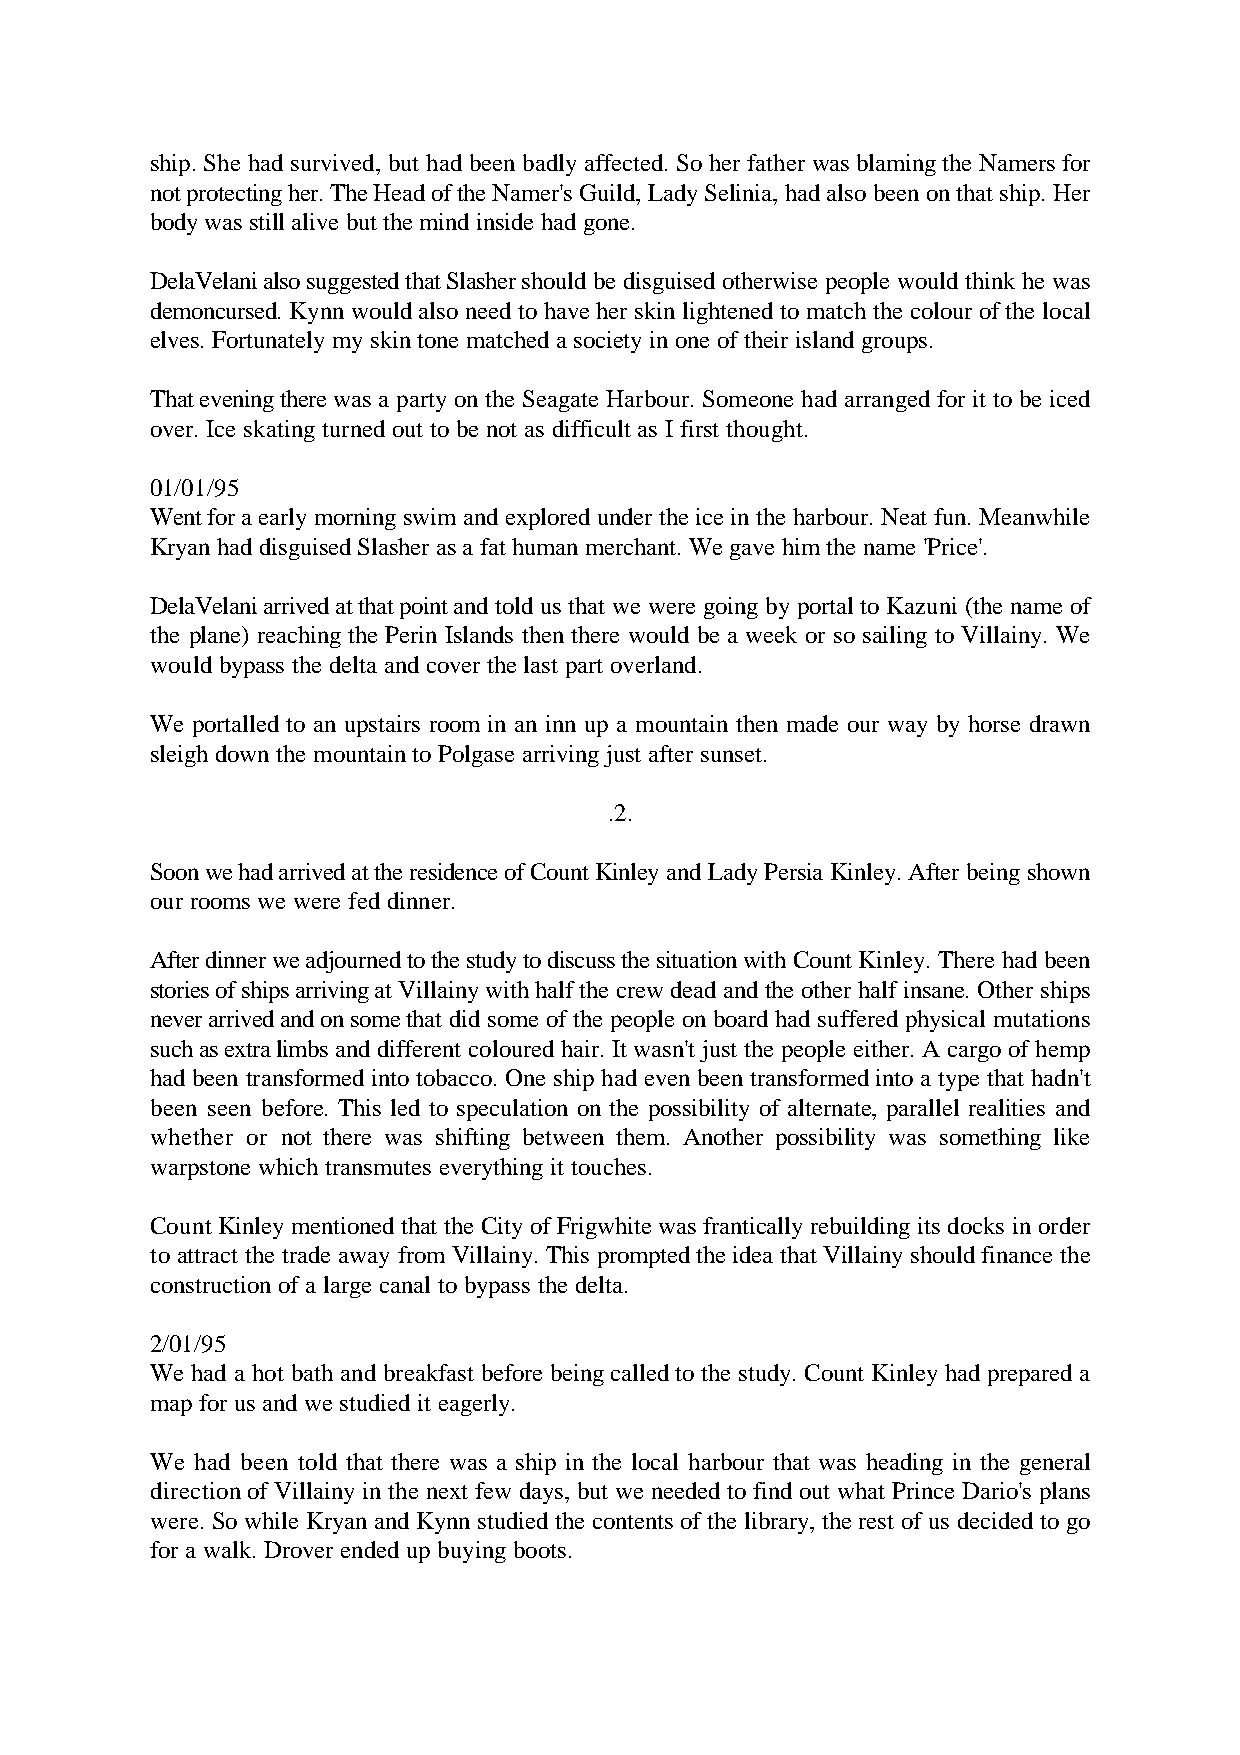
ship. She had survived, but had been badly affected. So her father was blaming the Namers for
 not protecting her. The Head of the Namer's Guild, Lady Selinia, had also been on that ship. Her
 body was still alive but the mind inside had gone.
 DelaVelani also suggested that Slasher should be disguised otherwise people would think he was
 demoncursed. Kynn would also need to have her skin lightened to match the colour of the local
 elves. Fortunately my skin tone matched a society in one of their island groups.
 That evening there was a party on the Seagate Harbour. Someone had arranged for it to be iced
 over. Ice skating turned out to be not as difficult as I first thought.
 01/01/95
 Went for a early morning swim and explored under the ice in the harbour. Neat fun. Meanwhile
 Kryan had disguised Slasher as a fat human merchant. We gave him the name 'Price'.
 DelaVelani arrived at that point and told us that we were going by portal to Kazuni (the name of
 the plane) reaching the Perin Islands then there would be a week or so sailing to Villainy. We
 would bypass the delta and cover the last part overland.
 We portalled to an upstairs room in an inn up a mountain then made our way by horse drawn
 sleigh down the mountain to Polgase arriving just after sunset.
 .2.
 Soon we had arrived at the residence of Count Kinley and Lady Persia Kinley. After being shown
 our rooms we were fed dinner.
 After dinner we adjourned to the study to discuss the situation with Count Kinley. There had been
 stories of ships arriving at Villainy with half the crew dead and the other half insane. Other ships
 never arrived and on some that did some of the people on board had suffered physical mutations
 such as extra limbs and different coloured hair. It wasn't just the people either. A cargo of hemp
 had been transformed into tobacco. One ship had even been transformed into a type that hadn't
 been seen before. This led to speculation on the possibility of alternate, parallel realities and
 whether or not there was shifting between them. Another possibility was something like
 warpstone which transmutes everything it touches.
 Count Kinley mentioned that the City of Frigwhite was frantically rebuilding its docks in order
 to attract the trade away from Villainy. This prompted the idea that Villainy should finance the
 construction of a large canal to bypass the delta.
 2/01/95
 We had a hot bath and breakfast before being called to the study. Count Kinley had prepared a
 map for us and we studied it eagerly.
 We had been told that there was a ship in the local harbour that was heading in the general
 direction of Villainy in the next few days, but we needed to find out what Prince Dario's plans
 were. So while Kryan and Kynn studied the contents of the library, the rest of us decided to go
 for a walk. Drover ended up buying boots.